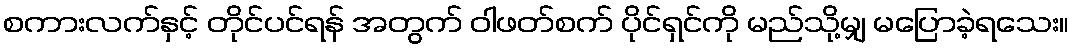
စကားလက်နှင့် တိုင်ပင်ရန် အတွက် ဝါဖတ်စက် ပိုင်ရှင်ကို မည်သို့မျှ မပြောခဲ့ရသေး။